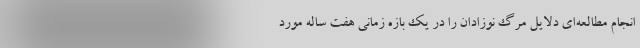
انجام مطالعه‌ای دلایل مرگ نوزادان را در یک بازه زمانی هفت ساله مورد